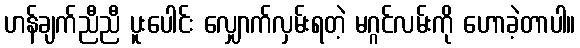
ဟန်ချက်ညီညီ ပူးပေါင်း လျှောက်လှမ်းရတဲ့ မဂ္ဂင်လမ်းကို ဟောခဲ့တာပါ။